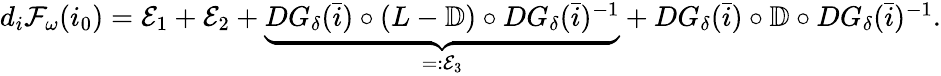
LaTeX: \begin{array}{r}{d_{i}\mathcal{F}_{\omega}(i_{0})=\mathcal{E}_{1}+\mathcal{E}_{2}+\underbrace{DG_{\delta}(\bar{i})\circ(L-\mathbb{D})\circ D{G}_{\delta}(\bar{i})^{-1}}_{=:\mathcal{E}_{3}}+DG_{\delta}(\bar{i})\circ\mathbb{D}\circ D{G}_{\delta}(\bar{i})^{-1}.}\end{array}